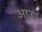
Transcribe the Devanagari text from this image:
आउ